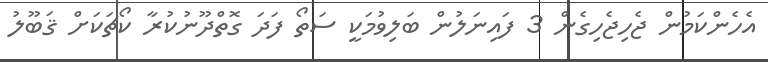
އެހެންކަމުން ޖެހިޖެހިގެން 3 ފައިނަލުން ބަލިވުމަކީ ސަތޯ ފަދަ ގޮތްދޫނުކުރާ ކޯޗަކަށް ޤަބޫލު